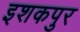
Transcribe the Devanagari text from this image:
इशकपुर